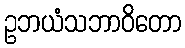
ဥဘယံသဘာဝိတော